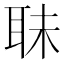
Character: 𦕜